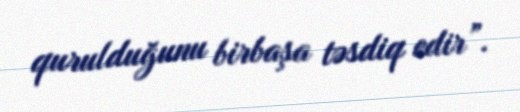
qurulduğunu birbaşa təsdiq edir”.